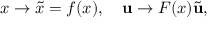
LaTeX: x \to \tilde { x } = f ( x ) , \quad { \bf u } \to F ( x ) \tilde { \bf u } ,